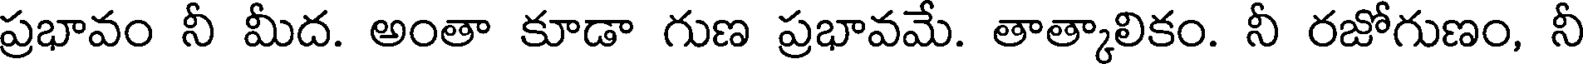
ప్రభావం నీ మీద. అంతా కూడా గుణ ప్రభావమే. తాత్కాలికం. నీ రజోగుణం, నీ